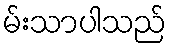
မ်းသာပါသည်